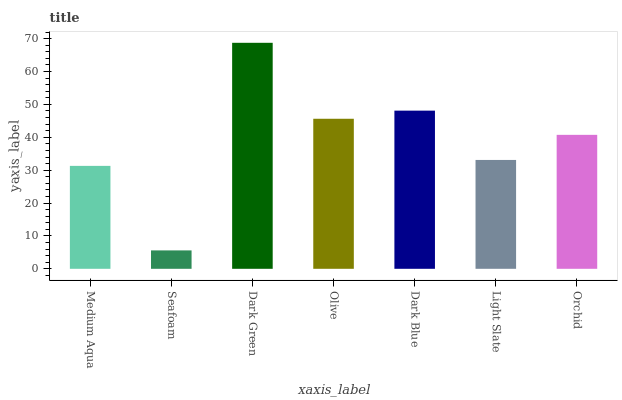
| xaxis_label | bars |
 | --- | --- |
 | Medium Aqua | 31.3 |
 | Seafoam | 5.6 |
 | Dark Green | 68.7 |
 | Olive | 45.6 |
 | Dark Blue | 48.1 |
 | Light Slate | 33.1 |
 | Orchid | 40.7 |